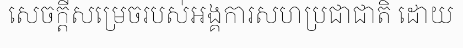
សេចក្តីសម្រេចរបស់អង្គការសហប្រជាជាតិ ដោយ